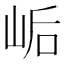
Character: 𫝴